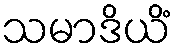
သမာဒိယိံ